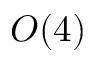
O ( 4 )